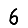
Digit: 6